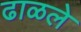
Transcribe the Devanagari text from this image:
ढाळले